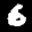
Label: 6